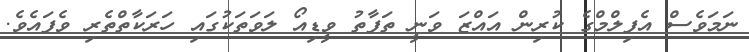
ނަމަވެސް އެފިލްމްގެ ކުރިން އައްޒަ ވަނީ ތަފާތު ވީޑިއޯ ލަވަތަކުގައި ހަރަކާތްތެރި ވެފައެވެ.